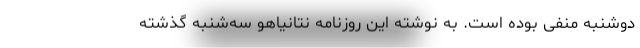
دوشنبه منفی بوده است. به نوشته این روزنامه نتانیاهو سه‌شنبه گذشته